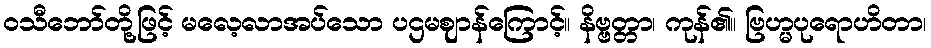
ဝသီဘော်တို့ဖြင့် မလေ့လာအပ်သော ပဌမဈာန်ကြောင့်။ နိဗ္ဗတ္တာ၊ ကုန်၏။ ဗြဟ္မပုရောဟိတာ၊